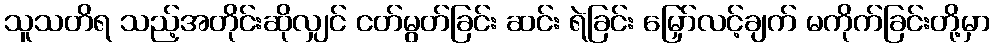
သူသတိရ သည့်အတိုင်းဆိုလျှင် ငတ်မွတ်ခြင်း ဆင်း ရဲခြင်း မြှော်လင့်ချက် မကိုက်ခြင်းတို့မှာ